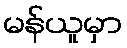
မန်ယူမှာ